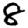
Digit: 8